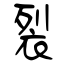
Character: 裂